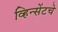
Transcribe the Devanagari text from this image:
व्हिन्सेंटचे